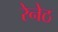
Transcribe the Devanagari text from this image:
रेनेठ